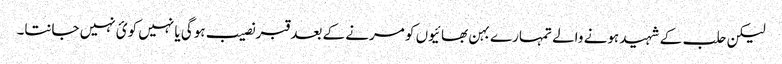
لیکن حلب کے شہید ہونے والے تمہارے بہن بھائیوں کو مرنے کے بعد قبر نصیب ہوگی یا نہیں کوئ نہیں جانتا۔